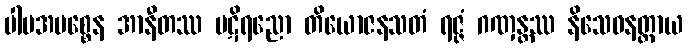
ပါပအမစ္စေန အာနီတဿ ပဋိရညော တိယောဇနသတံ ရဇ္ဇံ ဂဏှန္တဿ နိသေဓနတ္ထာယ